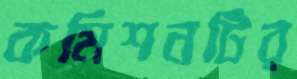
কমিশনটির